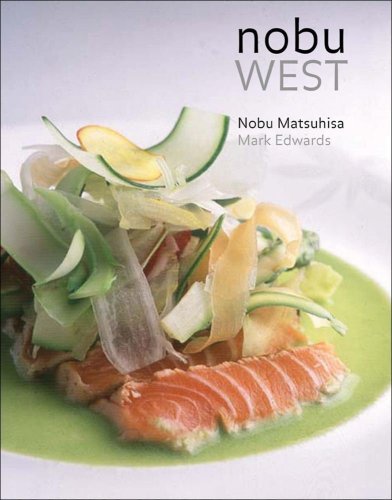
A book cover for Nobu West; Nobu Matsuhisa; Cookbooks, Food & Wine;